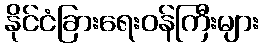
နိုင်ငံခြားရေးဝန်ကြီးများ